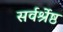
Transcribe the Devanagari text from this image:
सर्वर्श्रेष्ठ